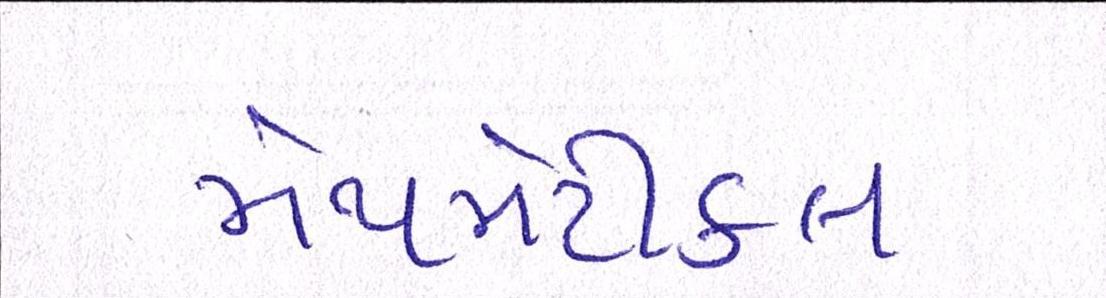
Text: મેથમેટીકલ